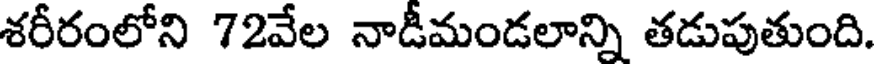
శరీరంలోని 72వేల నాడీమండలాన్ని తడుపుతుంది.